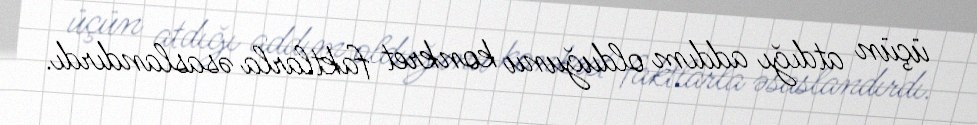
üçün atdığı addım olduğunu konkret faktlarla əsaslandırdı.